On the morphology, teratology, and diclinism of the flowers of cannabis - Number 12
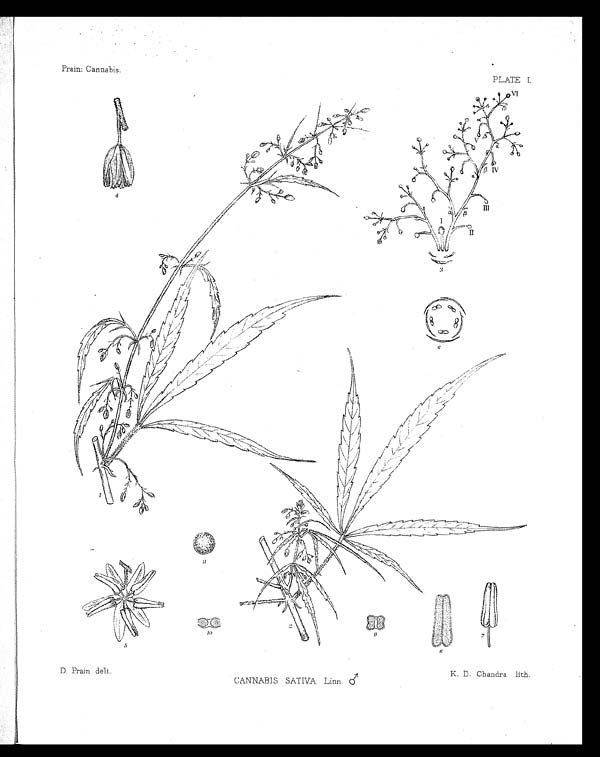
Prain: Cannabis.
PLATE I.
D. Prain delt.
C A N N A B I S S A T I V A L i n n .
♂
K. D. Chandra lith.